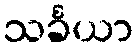
သင်္ခယာ